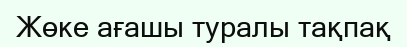
Жөке ағашы туралы тақпақ